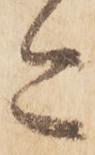
今